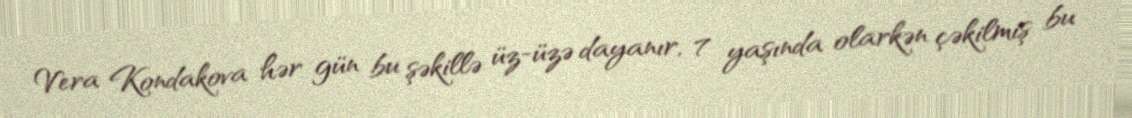
Vera Kondakova hər gün bu şəkillə üz-üzə dayanır, 7 yaşında olarkən çəkilmiş bu